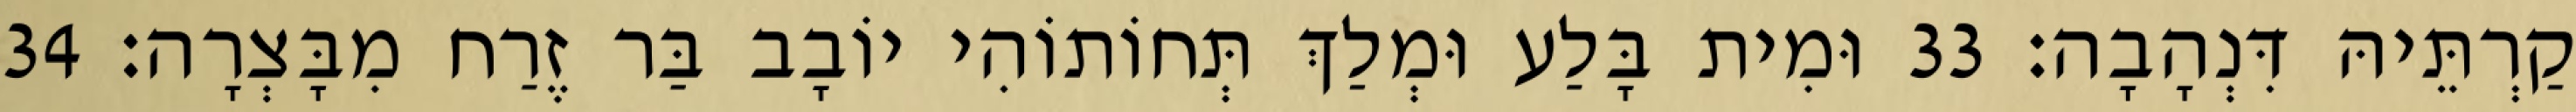
קַרְתֵּיהּ דִּנְהָבָה׃ 33 וּמִית בָּלַע וּמְלַךְ תְּחוֹתוֹהִי יוֹבָב בַּר זֶרַח מִבָּצְרָה׃ 34